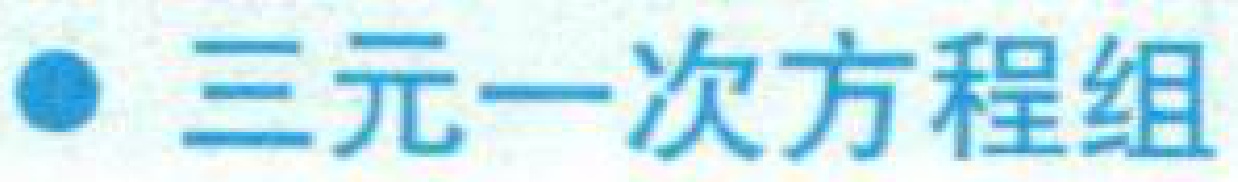
$\bullet$ 三元一次方程组